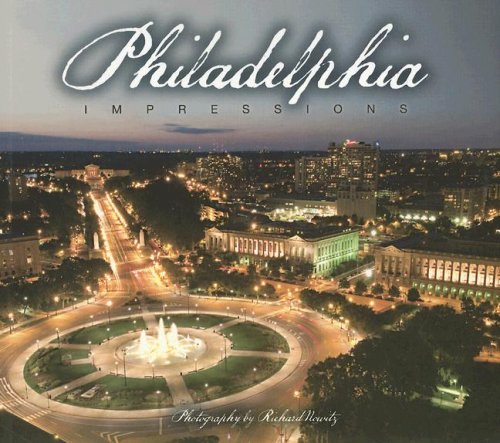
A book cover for Philadelphia Impressions; photography by Richard Nowitz; Travel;